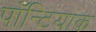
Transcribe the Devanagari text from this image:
पॉन्टियाक